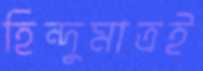
হিন্দুমাত্রই